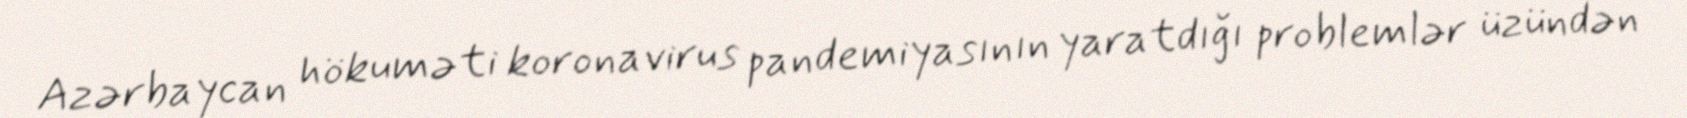
Azərbaycan hökuməti koronavirus pandemiyasının yaratdığı problemlər üzündən